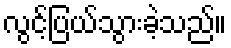
လွင့်ပြယ်သွားခဲ့သည်။